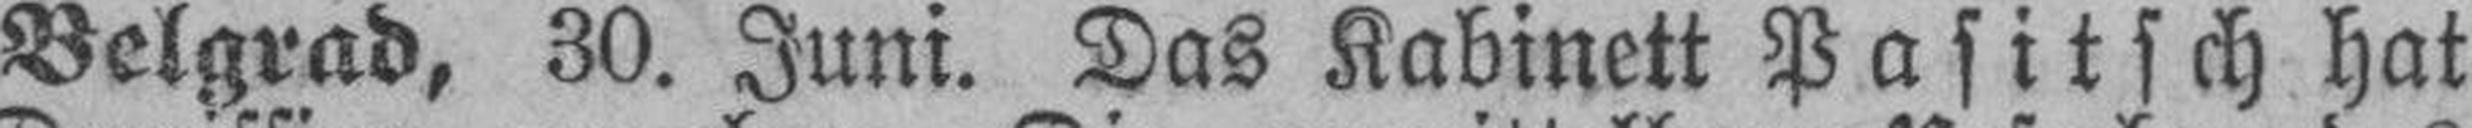
Belgrad, 30. Juni. Das Kabinett Pasitsch hat